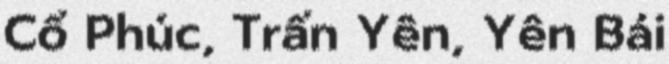
Cổ Phúc, Trấn Yên, Yên Bái